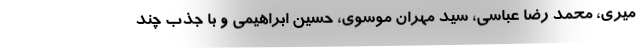
میری، محمد رضا عباسی، سید مهران موسوی، حسین ابراهیمی و با جذب چند